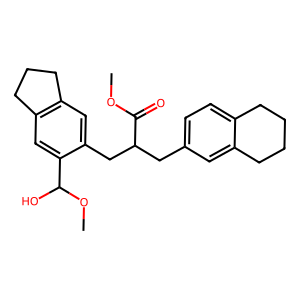
SMILES: COC(=O)C(Cc1ccc2c(c1)CCCC2)Cc1cc2c(cc1C(O)OC)CCC2
Inhibits HIV replication: No